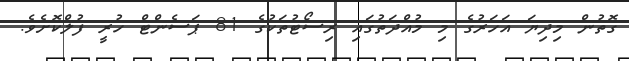
ގޮތުން މިދިޔަ އަހަރުގެ މި މުއްދަތުގައި ރިސޯޓުތަކުގެ 81 ޕަސެންޓް ހުރީ ފުލްކޮށެވެ.